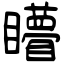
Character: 矒